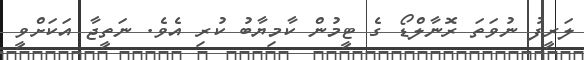
ލަރީފު ނުވަތަ ރޮނާލްޑޯ ގެ ޓީމުން ކާމިޔާބު ކުރި އެވެ. ނަތީޖާ އަކަށްވީ